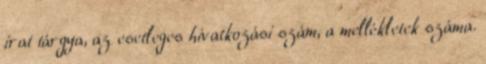
irat tárgya, az esetleges hivatkozási szám, a mellékletek száma.